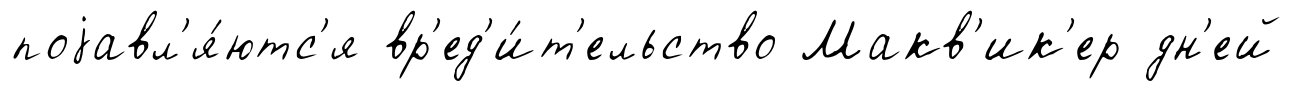
поjавл'я́ютс'я вр'ед'и́т'ельство Макв'ик'ер дн'ей